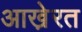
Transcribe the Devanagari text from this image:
आखे़रत